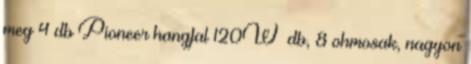
meg 4 db Pioneer hangfal 120W db, 8 ohmosak, nagyon